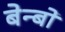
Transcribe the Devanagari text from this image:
बेन्बो